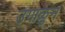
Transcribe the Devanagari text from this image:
उगाळुन